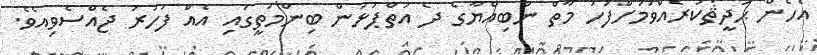
އެހެން ޙަދީޘްކުރެއްވުމަށްފަހު މާތް ނަބިއްޔާގެ ދެ އަތްޕުޅުން ބިންމަތީގައި އެއް ފަހަރު ޖެއްސެވިއެވެ.